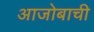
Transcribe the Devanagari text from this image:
आजोबाची